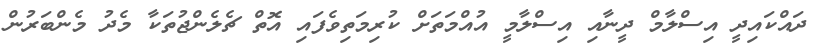
ދައްކައިދީ އިސްލާމް ދީނާއި އިސްލާމީ އުއްމަތަށް ކުރިމަތިވެފައި އޮތް ޗެލެންޖުތަކާ މެދު މެންބަރުން